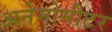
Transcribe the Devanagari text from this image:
अनेमोमीटर